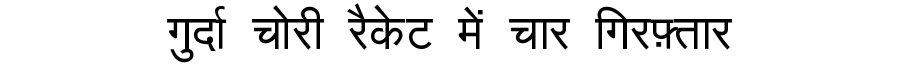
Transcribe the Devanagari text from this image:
गुर्दा चोरी रैकेट में चार गिरफ़्तार